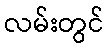
လမ်းတွင်